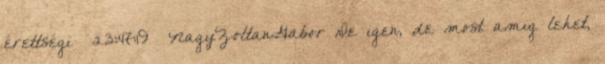
érettségi 23:47:19 NagyZoltanGabor De igen, de most amig lehet,